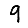
Digit: 9